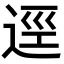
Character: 逕